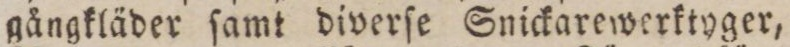
gångkläder ſamt diverſe Snickarewerktyger,